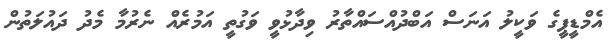
އެމްޑީޕީގެ ވަކީލު އަނަސް އަބްދުއްސައްތާރު ވިދާޅުވީ ވަގުތީ އަމުރެއް ނެރުމާ މެދު ދައުލަތުން